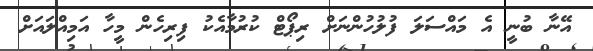
އޭނާ ބުނީ އެ މައްސަލަ ފުލުހުންނަށް ރިޕޯޓް ކުރުމާއެކު ފިރިހެން މީހާ އަމިއްލައަށް